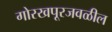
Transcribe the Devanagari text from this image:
गोरखपूरजवळील